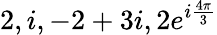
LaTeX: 2,i,-2+3i,2e^{i{\frac{4\pi}{3}}}